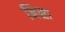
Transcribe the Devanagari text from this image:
भिसा